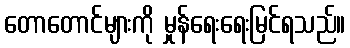
တောတောင်များကို မှုန်ရေးရေးမြင်ရသည်။